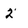
Character: 2